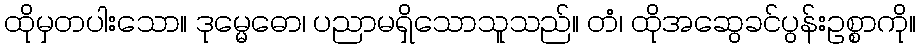
ထိုမှတပါးသော။ ဒုမ္မေဓော၊ ပညာမရှိသောသူသည်။ တံ၊ ထိုအဆွေခင်ပွန်းဥစ္စာကို။